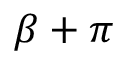
\beta + \pi